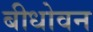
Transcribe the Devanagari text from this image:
बीधोवन